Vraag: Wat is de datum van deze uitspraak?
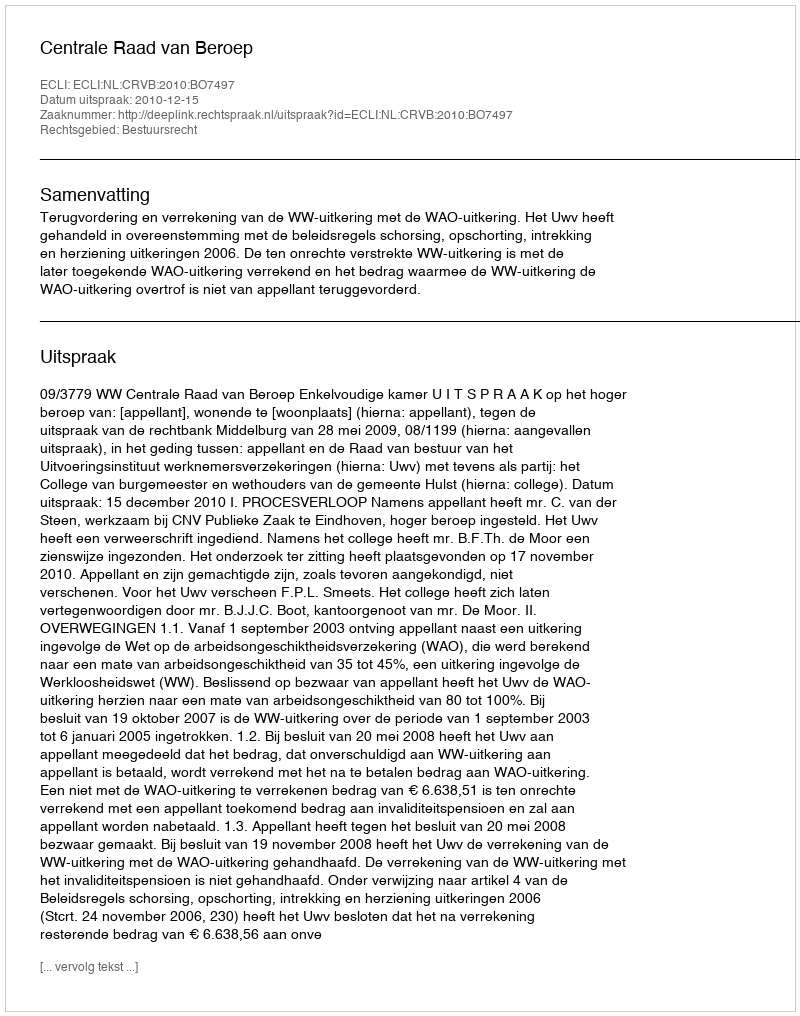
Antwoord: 2010-12-15